Annual statistical returns and brief notes on vaccination in Bengal - 1887-1898
Year: 1887
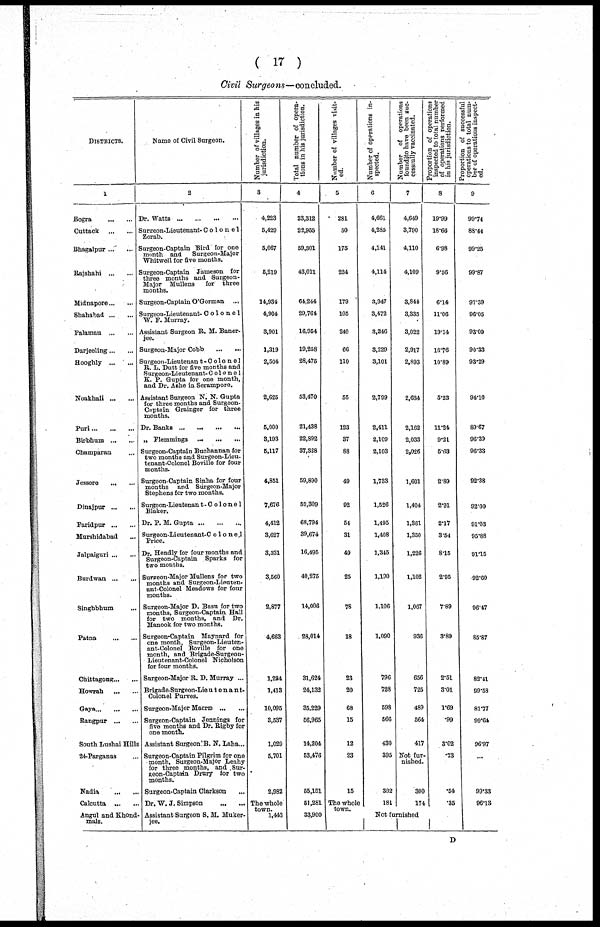
( 17 )
Civil Surgeons—concluded.
DISTRICTS.
1
Bogra
...
...
Cuttack
...
...
Bhagalpur ... ...
Rajshahi ... ...
Midnapore ... ...
Shahabad ... ...
Palamau
...
...
Darjeeling ... ...
Hooghly ...
...
Noakhali ... ...
Puri ... ... ...
Birbhum ... ...
Champaran ...
Jessore
...
...
Dinajpur ... ...
Faridpur ... ...
Murshidabad ...
Jalpaiguri ... ...
Burdwan ... ...
Singhbhum ...
Patna
...
...
Chittagong ... ...
Howrah
...
...
Gaya ... ... ...
Rangpur ... ...
South Lushai Hills
24-Parganas ...
Nadia
...
...
Calcutta
...
...
Angul and Khond¬
mals.
Name of Civil Surgeon.
2
Dr. Watts
...
...
...
...
Surpeon-Lieutenant- Colonel
Zorab.
Surgeon-Captain Bird for one
month and
Surgeon-Major
Whitwell for five months.
Surgeon-Captain Jameson for
three months and Surgeon¬
Major Mullens
for three
months.
Surgeon-Captain O'Gorman ...
Surgeon-Lieutenant- Colonel
W. F. Murray.
Assistant Surgeon R. M. Baner¬
jee.
Surgeon-Major Cobb
...
...
Surgeon-Lieutenan t-Colonel
B. L. Dutt for five months and
Surgeon-Lieutenant- Colonel
K. P. Gupta for one month,
and Dr. Ashe in Serampore.
Assistant Surgeon N. N. Gupta
for three months and Surgeon¬
Captain Grainger for three
months.
Dr. Banks
...
...
...
...
„ Flemmings ... ... ...
Surgeon-Captain Buchannan for
two months and Surgeon-Lieu-
tenant-Colonel Boville for four
months.
Surgeon-Captain Sinha for four
months and Surgeon-Major
Stephens for two months.
Surgeon-Lieutenan t-Golonel
Blaker.
Dr. P.M. Gupta ... ... ...
Surgeon-Lieutenant-Colonel
Price.
Dr. Hendly for four months and
Surgeon-Captain Sparks for
two months.
Surgeon-Major Mullens for two
months and Surgeon-Lieuten-
ant-Colonel Meadows for four
months.
Surgeon-Major D. Basu for two
months, Surgeon-Captain Hall
for two months, and Dr.
Manook for two months.
Surgeon-Captain Maynard for
one month, Surgeon-Lieuten-
ant-Colonel Boville for one
month, and Brigade-Surgeon¬
Lieutenant-Colonel Nicholson
for four months.
Surgeon-Major B. D. Murray ...
Brigade Surgeon-Lieutenant¬
Colonel Purves.
Surgeon-Major Macræ ... ...
Surgeon-Captain Jennings for
five months and Dr. Rigby for
one month.
Assistant Surgeon'B. N. Laha ...
Surgeon-Captain Pilgrim for one
month, Surgeon-Major Leahy
for three months, and Sur-
geon-Captain Drury for two
months.
Surgeon-Captain Clarkson ...
Dr. W. J. Simpson
...
...
Assistant Surgeon S. M. Muker¬
jee.
Number of villages in his
jurisdiction.
3
4,223
5,429
5,067
5,219
14,934
4,004
3,901
1,319
2,504
2,625
5,000
3,193
5,117
4,851
7,676
4,412
3,627
3,331
3,560
2,877
4,663
1,284
1,413
10,095
3,537
1,029
5,701
2,982
The whole
town.
1,413
Total number of opera¬
tions in his jurisdiction.
4
23,312
23,955
59,301
43,011
64,244
29,764
16,964
19,258
28,475
53,470
21,438
22,892
37,328
59,890
52,309
68,794
39,674
16,495
40,275
14,006
28,014
31,624
24,132
35,229
56,965
14,204
53,476
55,151
51,281
33,900
Number of villages visit-
ed.
5
281
50
175
224
179
105
240
66
110
55
123
37
88
49
92
54
31
49
25
78
18
23
20
68
15
12
23
15
The whole
town.
Number of operations in-
spected.
6
4,661
4,285
4,141
4,114
3,947
3,472
3,246
3,229
3,101
2,799
2,411
2,109
2,103
1,733
1,526
1,495
1,408
1,345
1,190
1,106
1,090
796
728
598
566
430
395
302
181
Number of operations
found to have been suc¬
cessfully vaccinated.
7
4,649
3,790
4,110
4,109
3,844
3,335
3,022
2,917
2,893
2,634
2,162
2,033
2,026
1,601
1,404
1,381
1,350
1,226
1,102
1,067
936
656
725
489
564
417
Not fur¬
nished.
300
174
Not furnished
Proportion of operations
inspected to total number
of operations performed
in
his jurisdiction.
8
19.99
18.66
6.98
9.56
6.14
11.06
19.14
16.76
10.89
5.23
11.24
9.21
5.63
2.89
2.91
2.17
3.54
8.15
2.95
7.89
3.89
2.51
3.01
1.69
.99
3.02
.73
.54
.35
Proportion of successful
operations to total num-
--r of operations inspect¬
ed
9
99.74
88.44
99.25
99.87
97.39
96.05
93.09
90.33
93.29
94.10
89.67
96.39
96.33
92.38
92.00
91.03
95.88
91.15
92.60
96.47
85.87
82.41
99.58
81.77
99.64
96.97
...
99.33
96.13
D